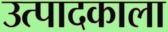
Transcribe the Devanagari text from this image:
उत्पादकाला